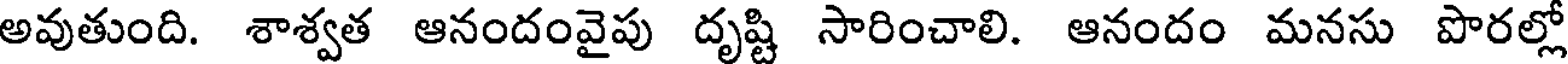
అవుతుంది. శాశ్వత ఆనందంవైపు దృష్టి సారించాలి. ఆనందం మనసు పొరల్లో